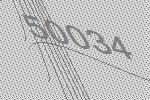
50034